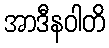
အာဒီနဝါတိ